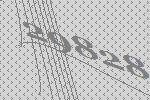
29828